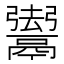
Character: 𱆐